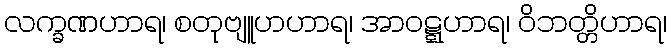
လက္ခဏဟာရ၊ စတုဗျူဟဟာရ၊ အာဝဋ္ဋဟာရ၊ ဝိဘတ္တိဟာရ၊